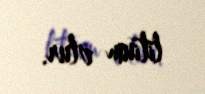
litium olur.